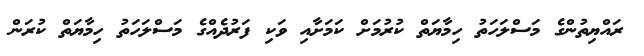
ރައްޔިތުންގެ މަސްލަހަތު ހިމާޔަތް ކުރުމަށް ކަމަށާއި ވަކި ފަރުދެއްގެ މަސްލަހަތު ހިމާޔަތް ކުރަން